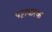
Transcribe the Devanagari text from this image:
पट्टाधारक